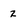
Character: 2